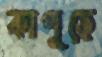
কাপুড়ে